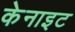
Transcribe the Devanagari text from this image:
केनाइट